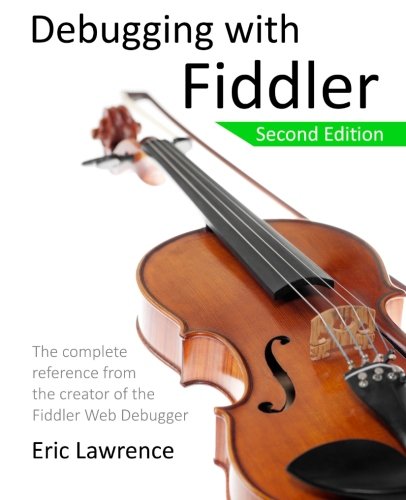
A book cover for Debugging with Fiddler: The complete reference from the creator of the Fiddler Web Debugger; Eric Lawrence; Computers & Technology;